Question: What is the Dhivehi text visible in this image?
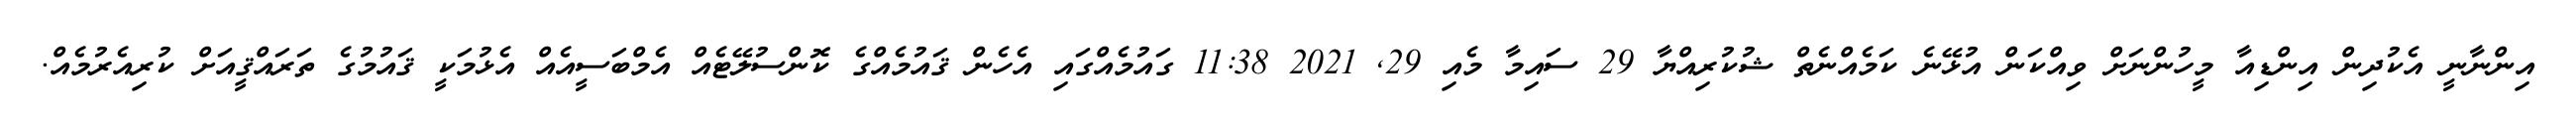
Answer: އިންނާނީ އެކުދިން އިންޑިއާ މީހުންނަށް ވިއްކަން އުޅޭނެ ކަމެއްނެތް ޝުކުރިއްޔާ 29 ސައިމާ މެއި 29, 2021 11:38 ގައުމެއްގައި އެހެން ޤައުމެއްގެ ކޮންސުލޭޓެއް އެމްބަސީއެއް އެޅުމަކީ ޤައުމުގެ ތަރައްޤީއަށް ކުރިއެރުމެއް.